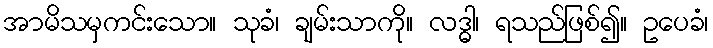
အာမိသမှကင်းသော။ သုခံ၊ ချမ်းသာကို။ လဒ္ဓါ၊ ရသည်ဖြစ်၍။ ဥပေခံ၊